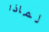
لماذا